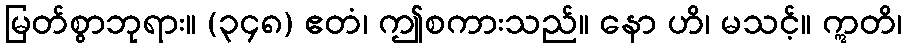
မြတ်စွာဘုရား။ (၃၄၈) ဧတံ၊ ဤစကားသည်။ နော ဟိ၊ မသင့်။ ဣတိ၊